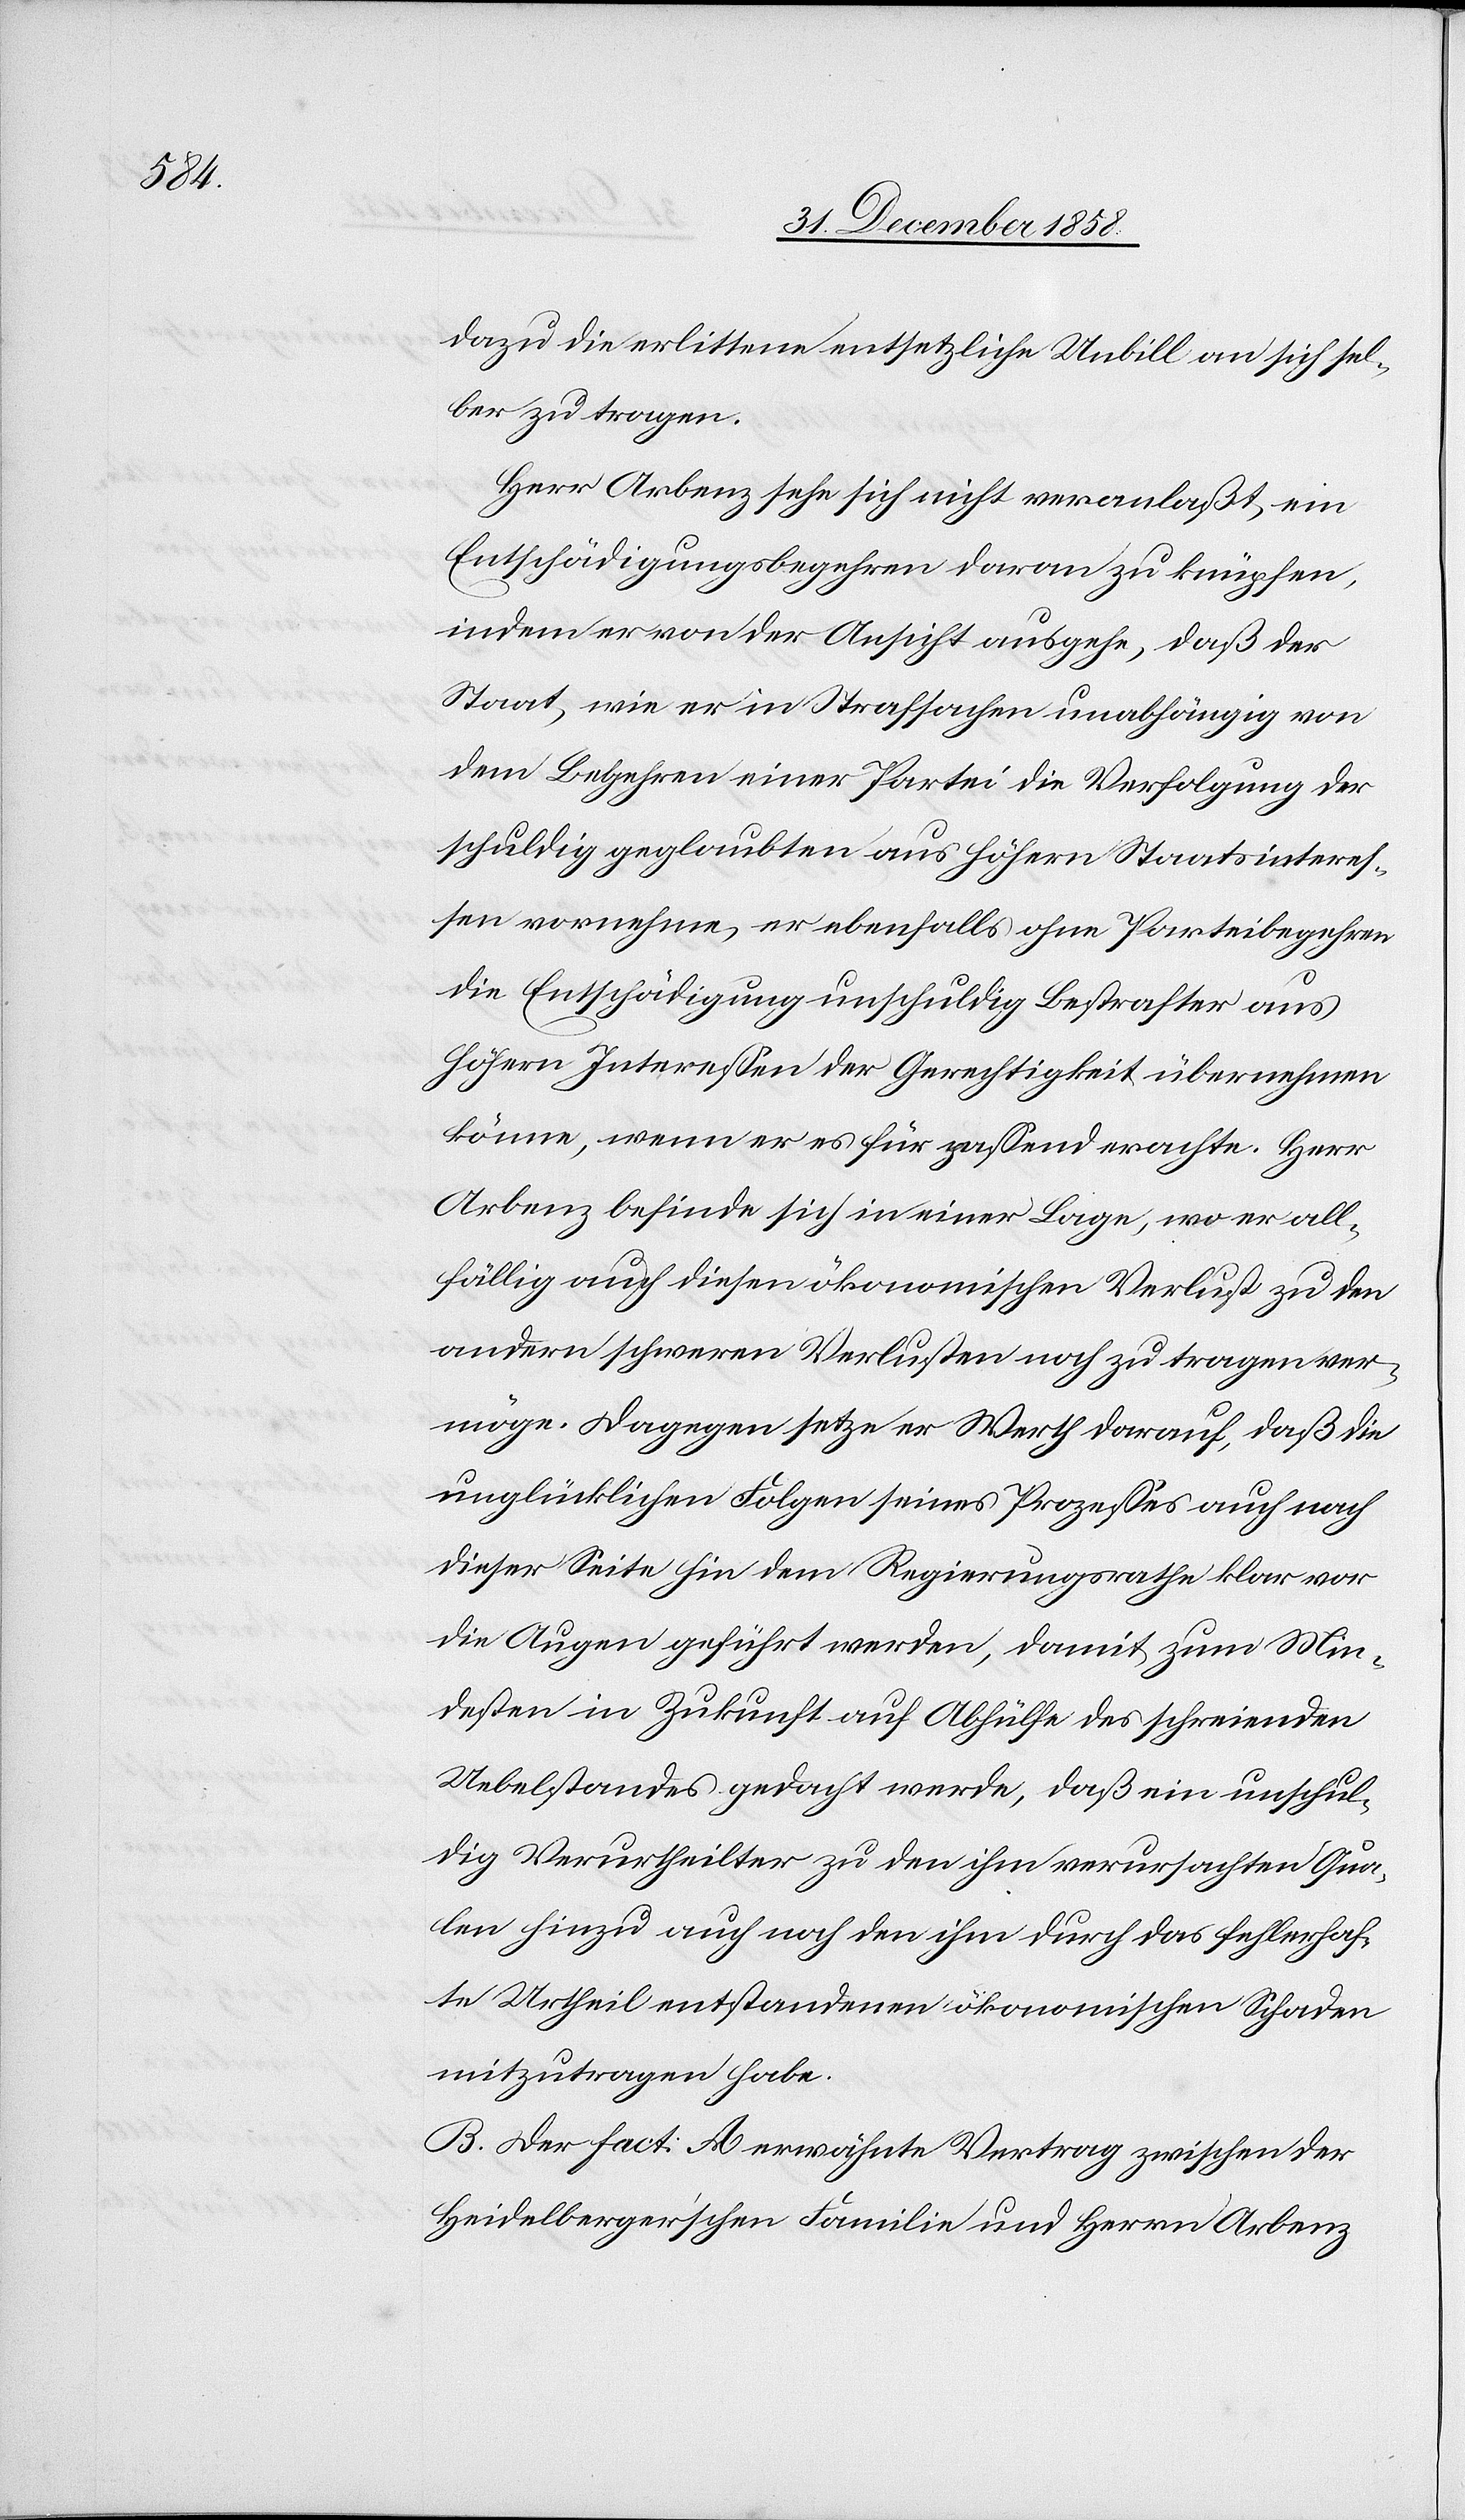
Mts.